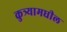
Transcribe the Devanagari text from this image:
कुत्र्यामधील